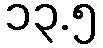
၁၃.၅